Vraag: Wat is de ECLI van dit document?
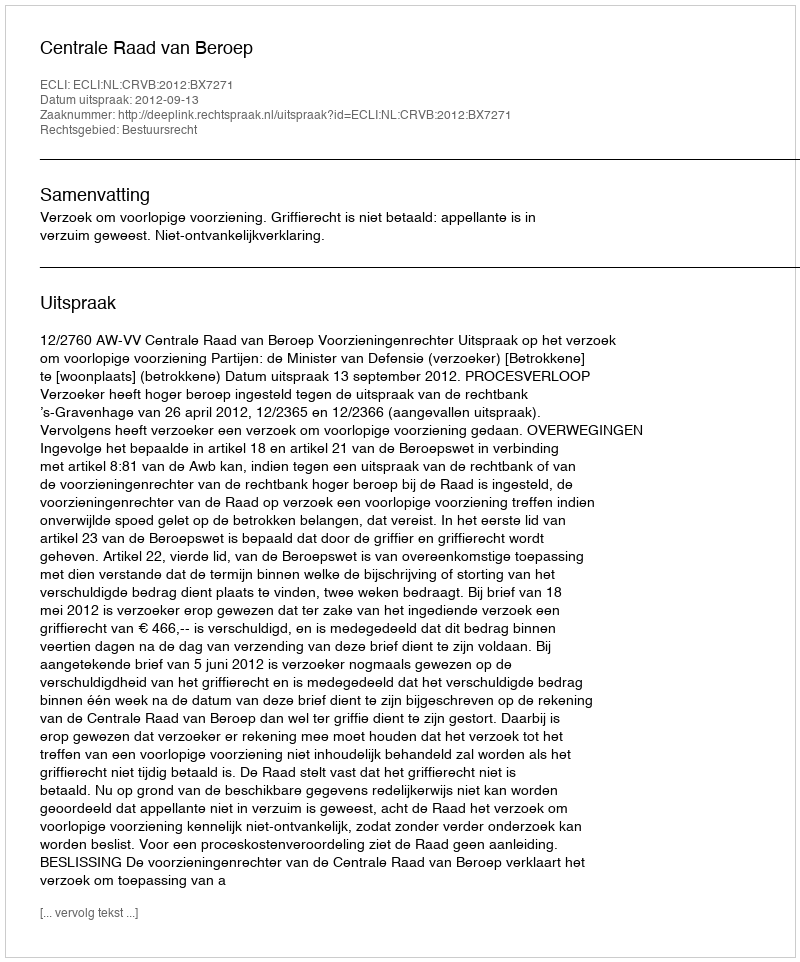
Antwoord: ECLI:NL:CRVB:2012:BX7271